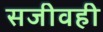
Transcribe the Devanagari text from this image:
सजीवही